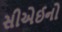
સીએઈનો